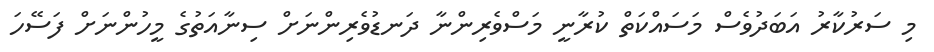
މި ސަރުކާރު އަބަދުވެސް މަސައްކަތް ކުރާނީ މަސްވެރިންނާ ދަނޑުވެރިންނަށް ސިނާއަތުގެ މީހުންނަށް ފަސޭހަ